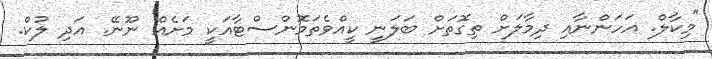
"މިކާލް. އަހަންނާއި ދިމާލަށް ތިގޮތަށް ބަލަނީ ކީއްވެތަމޮންސްޓާއަކީ މަށެއް ނޫނޭ. އަދި ލުކް.